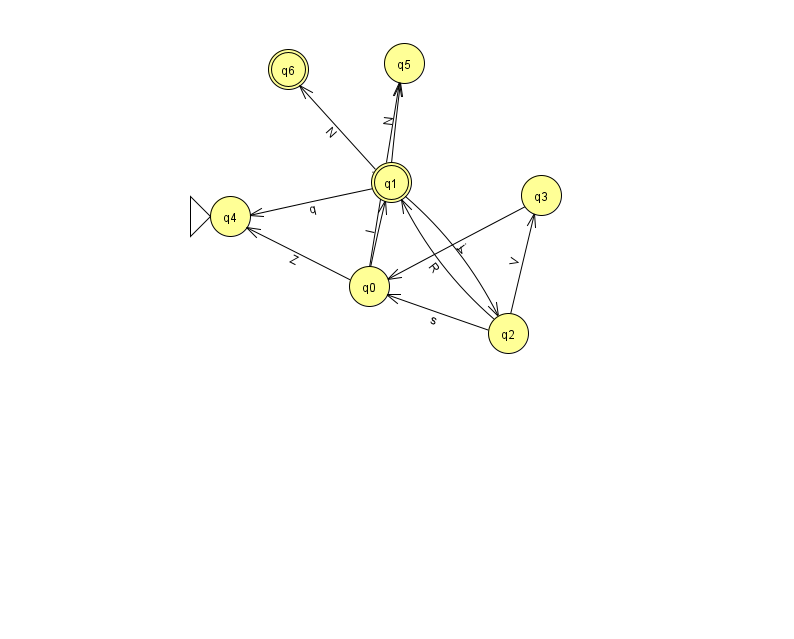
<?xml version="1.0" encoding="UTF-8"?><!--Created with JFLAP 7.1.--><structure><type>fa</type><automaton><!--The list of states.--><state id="0" name="q0"><x>369.0</x><y>273.0</y></state><state id="1" name="q1"><x>391.0</x><y>169.0</y><final/></state><state id="2" name="q2"><x>508.0</x><y>320.0</y></state><state id="3" name="q3"><x>541.0</x><y>182.0</y></state><state id="4" name="q4"><x>230.0</x><y>203.0</y><initial/></state><state id="5" name="q5"><x>404.0</x><y>50.0</y></state><state id="6" name="q6"><x>288.0</x><y>56.0</y><final/></state><!--The list of transitions.--><transition><from>1</from><to>2</to><read>j</read></transition><transition><from>3</from><to>0</to><read>v</read></transition><transition><from>0</from><to>5</to><read>l</read></transition><transition><from>1</from><to>5</to><read>N</read></transition><transition><from>1</from><to>4</to><read>q</read></transition><transition><from>2</from><to>1</to><read>R</read></transition><transition><from>2</from><to>3</to><read>V</read></transition><transition><from>2</from><to>0</to><read>s</read></transition><transition><from>1</from><to>6</to><read>N</read></transition><transition><from>0</from><to>4</to><read>Z</read></transition><transition><from>0</from><to>1</to><read>l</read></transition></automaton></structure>